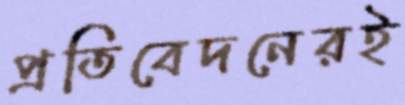
প্রতিবেদনেরই